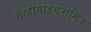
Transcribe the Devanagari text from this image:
गैरहीमोडयनामिक